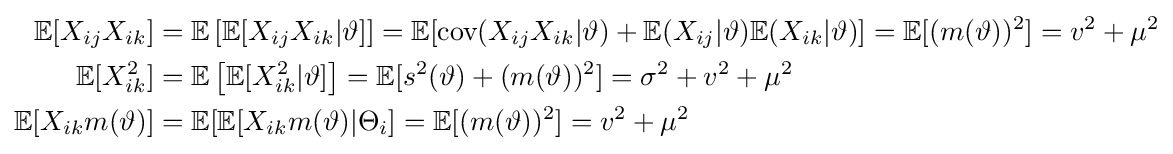
{\begin{aligned}\mathbb {E} [X_{ij}X_{ik}]&=\mathbb {E} \left[\mathbb {E} [X_{ij}X_{ik}|\vartheta ]\right]=\mathbb {E} [{\text{cov}}(X_{ij}X_{ik}|\vartheta )+\mathbb {E} (X_{ij}|\vartheta )\mathbb {E} (X_{ik}|\vartheta )]=\mathbb {E} [(m(\vartheta ))^{2}]=v^{2}+\mu ^{2}\\\mathbb {E} [X_{ik}^{2}]&=\mathbb {E} \left[\mathbb {E} [X_{ik}^{2}|\vartheta ]\right]=\mathbb {E} [s^{2}(\vartheta )+(m(\vartheta ))^{2}]=\sigma ^{2}+v^{2}+\mu ^{2}\\\mathbb {E} [X_{ik}m(\vartheta )]&=\mathbb {E} [\mathbb {E} [X_{ik}m(\vartheta )|\Theta _{i}]=\mathbb {E} [(m(\vartheta ))^{2}]=v^{2}+\mu ^{2}\end{aligned}}